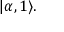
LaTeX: | \alpha , 1 \rangle .